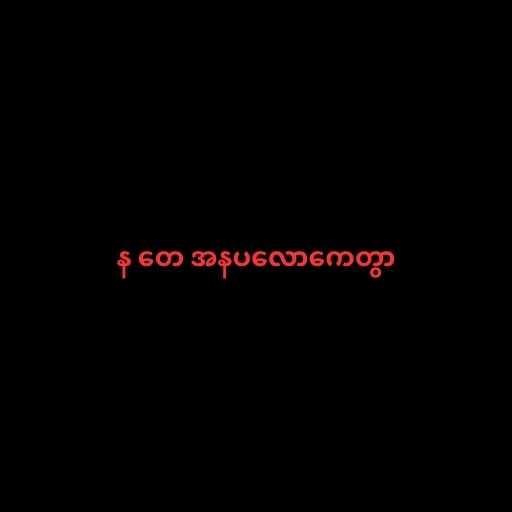
န တေ အနပလောကေတွာ